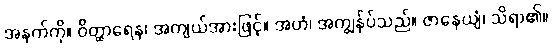
အနက်ကို။ ဝိတ္ထာရေန၊ အကျယ်အားဖြင့်။ အဟံ၊ အကျွန်ုပ်သည်။ ဇာနေယျံ၊ သိရာ၏။